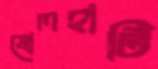
ষোলহাটি